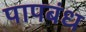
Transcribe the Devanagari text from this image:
पापबंध